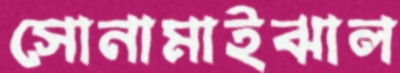
সোনামাইঝাল